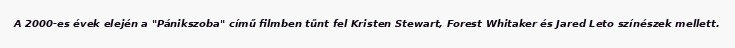
A 2000-es évek elején a "Pánikszoba" című filmben tűnt fel Kristen Stewart, Forest Whitaker és Jared Leto színészek mellett.